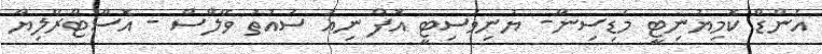
އެންޑް ކޮމިޔުނިޓީ މެޑިސިން- ޔުނިވަސިޓީ އޮފް ނިއު ސައުތު ވޭލްސް - އޮސްޓްރޭލިޔާ